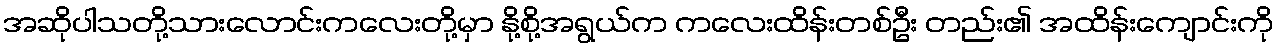
အဆိုပါသတို့သားလောင်းကလေးတို့မှာ နို့စို့အရွယ်က ကလေးထိန်းတစ်ဦး တည်း၏ အထိန်းကျောင်းကို